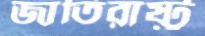
জাতিরাষ্ট্র